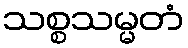
သစ္စသမ္မတံ